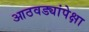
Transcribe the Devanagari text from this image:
आठवड्यांपेक्षा